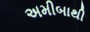
અમીબાથી